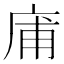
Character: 庯